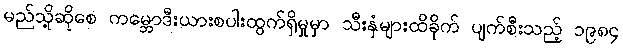
မည်သို့ဆိုစေ ကမ္ဘောဒီးယားစပါးထွက်ရှိမှုမှာ သီးနှံများထိခိုက် ပျက်စီးသည့် ၁၉၈၄